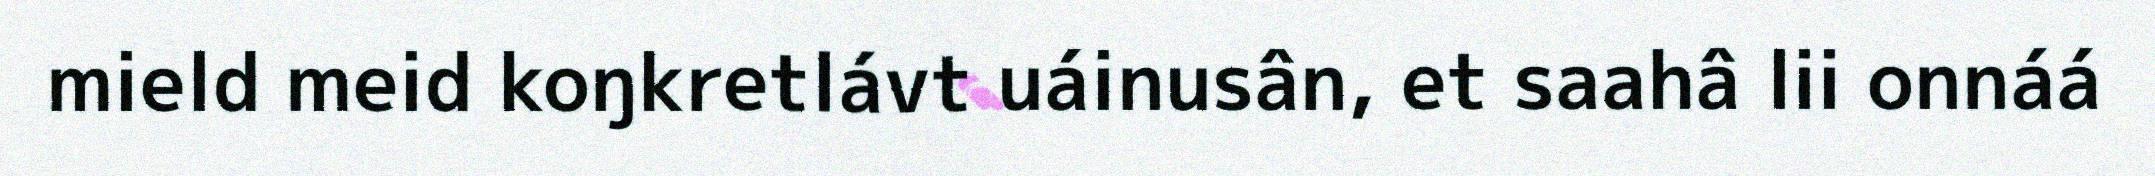
mield meid koŋkretlávt uáinusân, et saahâ lii onnáá